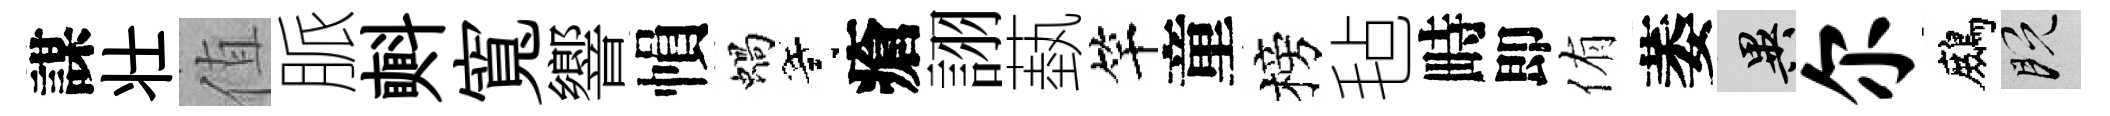
謀壮值脈㪺寬響𢄙蝸寄瘡詡蓺竿童榜毡畤即侑萎异尔鷓既